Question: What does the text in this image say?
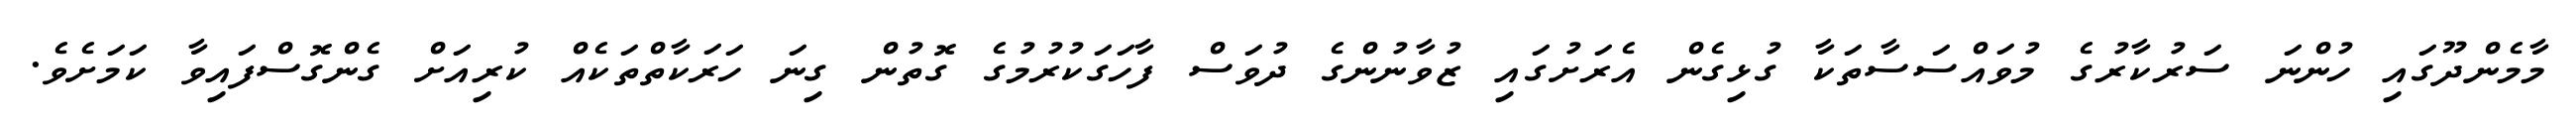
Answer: މާމެންދޫގައި ހުންނަ ސަރުކާރުގެ މުވައްސަސާތަކާ ގުޅިގެން އެރަށުގައި ޒުވާނުންގެ ދުވަސް ފާހަގަކުރުމުގެ ގޮތުން ގިނަ ހަރަކާތްތަކެއް ކުރިއަށް ގެންގޮސްފައިވާ ކަމަށެވެ.